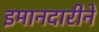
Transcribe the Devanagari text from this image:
इमानदारीने